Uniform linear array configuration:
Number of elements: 8
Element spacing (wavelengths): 0.5
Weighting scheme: binomial
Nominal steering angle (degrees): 30
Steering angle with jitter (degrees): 29.228
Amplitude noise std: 0.05
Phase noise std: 0.05

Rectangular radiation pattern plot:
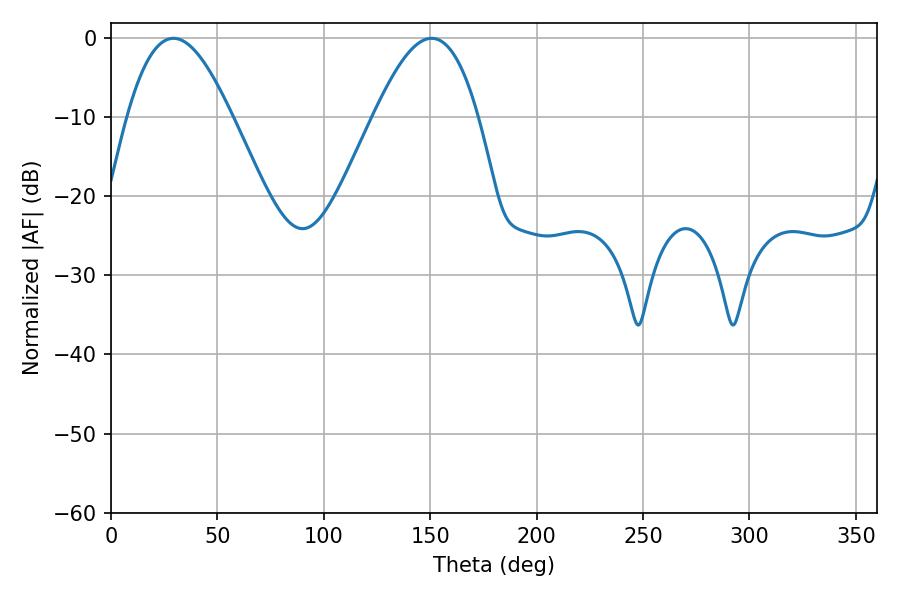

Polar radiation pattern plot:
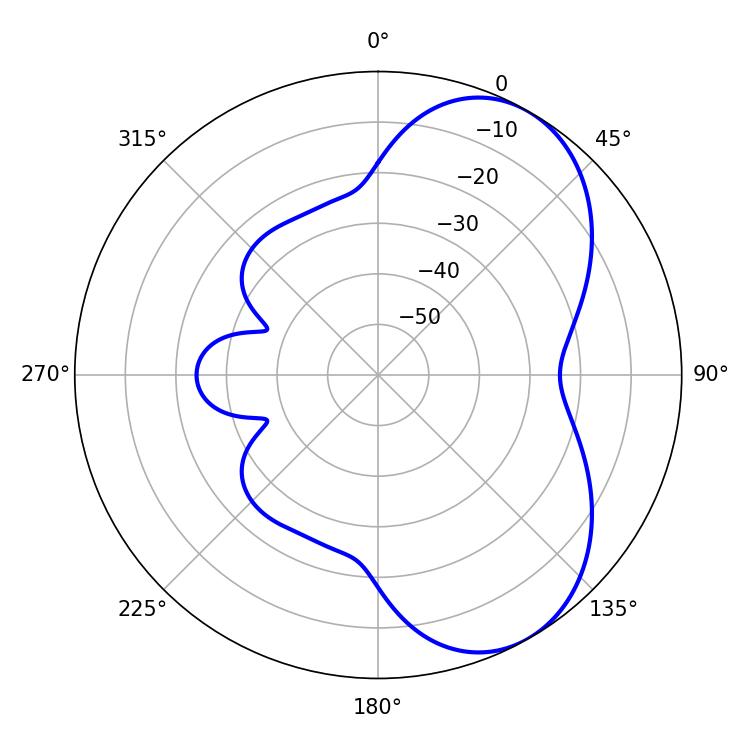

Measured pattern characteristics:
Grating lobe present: FALSE
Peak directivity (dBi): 5.911
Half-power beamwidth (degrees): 26.64
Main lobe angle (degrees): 29.34